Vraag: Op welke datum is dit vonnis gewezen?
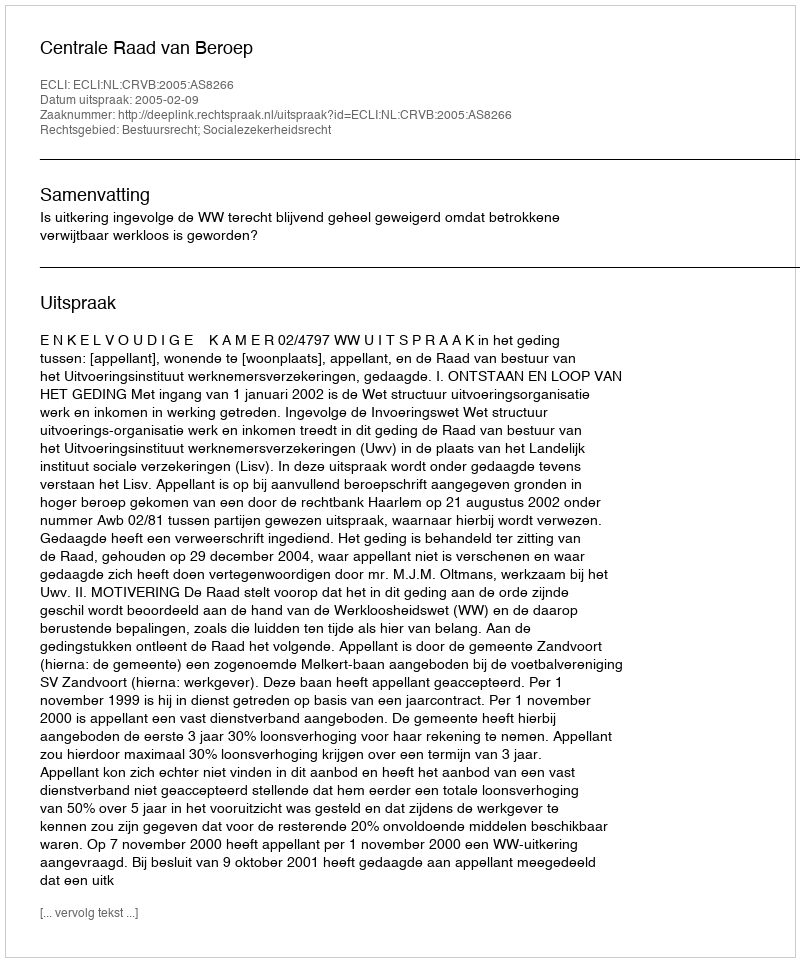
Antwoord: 2005-02-09